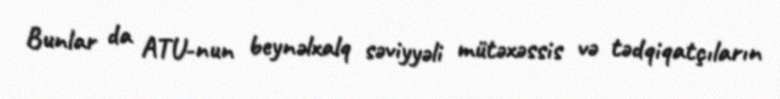
Bunlar da ATU-nun beynəlxalq səviyyəli mütəxəssis və tədqiqatçıların